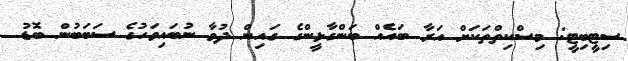
ސިޓީބިޓީ: މިސްކިތްތަކަށް އަރާ ބައެއް ބަންގާޅީންގެ ގައިން ދުވާ ނުބައިވަހުގެ ސަބަބުން ބޮޑު